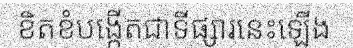
ខិតខំបង្កើតជាទីផ្សារនេះឡើង